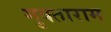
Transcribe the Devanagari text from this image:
मुक्ताराम